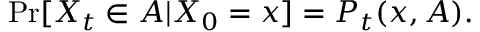
\operatorname* { P r } [ X _ { t } \in A | X _ { 0 } = x ] = P _ { t } ( x , A ) .